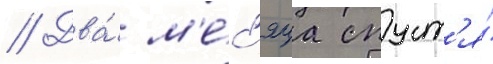
// Два́ м'е́с'яца спуст'я́